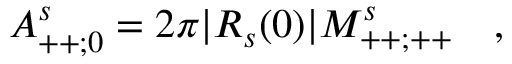
A _ { + + ; 0 } ^ { s } = 2 \pi | R _ { s } ( 0 ) | M _ { + + ; + + } ^ { s } \quad ,